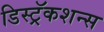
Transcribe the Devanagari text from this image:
डिस्ट्रॅकशन्स